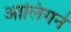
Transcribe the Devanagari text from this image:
आलिंगने